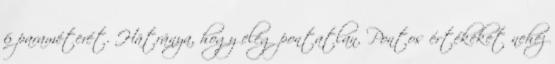
6 paraméterét. Hátránya, hogy elég pontatlan. Pontos értékeket nehéz